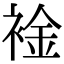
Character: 䘳